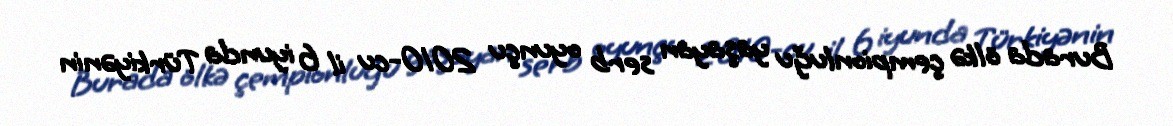
Burada ölkə çempionluğu yaşayan serb oyunçu 2010-cu il 6 iyunda Türkiyənin